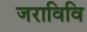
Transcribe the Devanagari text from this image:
जराविवि